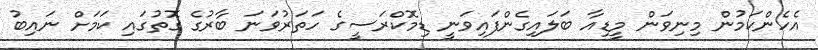
އެހެންކަމުން މިނިވަން މީޑިއާ ބަލައިގެންފައިވަނީ ޑިމޮކްރަސީގެ ހަތަރުވަނަ ބާރުގެ ގޮތުގައި ކަމަށް ނައިބު